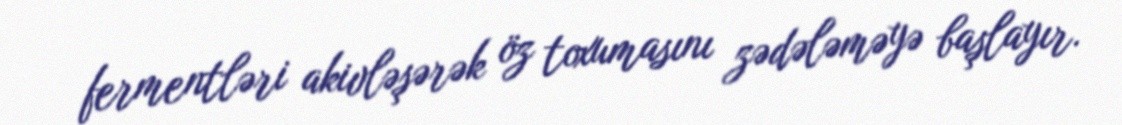
fermentləri akivləşərək öz toxumasını zədələməyə başlayır.